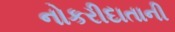
નોકરીદાતાની